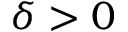
\delta > 0